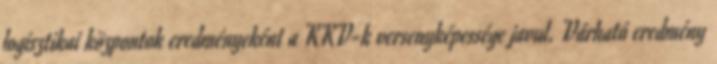
logisztikai központok eredményeként a KKV-k versenyképessége javul. Várható eredmény